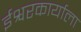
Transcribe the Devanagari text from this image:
ईश्वरकार्याला